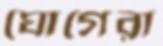
ঘোগেরা